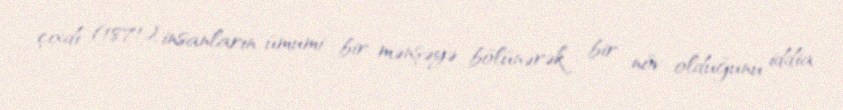
çıxdı (1871), insanların ümumi bir mənşəyə bölünərək bir növ olduğunu iddia